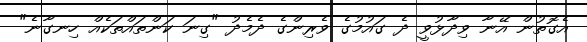
އެގޮތުން އޭނާ ވިދާޅުވީ ދެ ގައުމުގެ ވެރިންގެ ދެމެދު "ގިނަ ކަންތައްތަކެއް ހިނގާނެ"